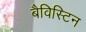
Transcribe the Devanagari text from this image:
बैविस्टिन